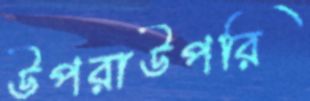
উপরাউপরি